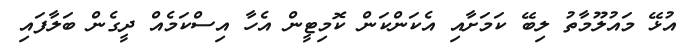
އުޅޭ މައުލޫމާތު ލިބޭ ކަމަށާއި އެކަންކަން ކޮމިޓީން އެހާ އިސްކަމެއް ދީގެން ބަލާފައި